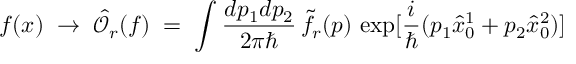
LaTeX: f ( x ) \; \to \; { \hat { \mathcal O } } _ { r } ( f ) \; = \; \int \frac { d p _ { 1 } d p _ { 2 } } { 2 \pi \hbar } \, { \tilde { f } } _ { r } ( p ) \, \exp [ \frac { i } { \hbar } ( p _ { 1 } { \hat { x } } _ { 0 } ^ { 1 } + p _ { 2 } { \hat { x } } _ { 0 } ^ { 2 } ) ]